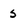
Character: s